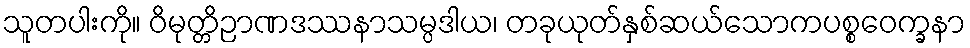
သူတပါးကို။ ဝိမုတ္တိဉာဏဒဿနာသမ္ပဒါယ၊ တခုယုတ်နှစ်ဆယ်သောကပစ္စဝေက္ခနာ